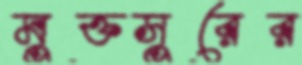
মুক্তসুরের